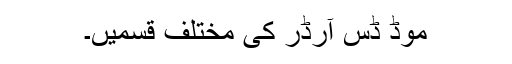
موڈ ڈس آرڈر کی مختلف قسمیں۔